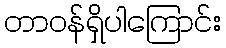
တာဝန်ရှိပါကြောင်း